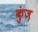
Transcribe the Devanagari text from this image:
कुंज़